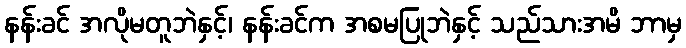
နန်းခင် အလိုမတူဘဲနှင့်၊ နန်းခင်က အစမပြုဘဲနှင့် သည်သားအမိ ဘာမှ